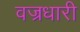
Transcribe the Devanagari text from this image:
वज्रधारी